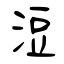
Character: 浢